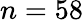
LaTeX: n=58